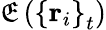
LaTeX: \mathfrak{E}\left(\left\{ \mathbf{{r}}_{i}\right\} _{t}\right)